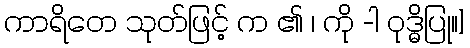
ကာရိတေ သုတ်ဖြင့် က ၏ ၊ ကို -ါ ဝုဒ္ဓိပြု။]